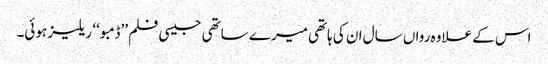
اس کے علاوہ رواں سال ان کی ہاتھی میرے ساتھی جیسی فلم ’’ڈمبو ‘‘ ریلیز ہوئی۔